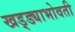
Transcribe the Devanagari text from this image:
खड्ड्याभोवती